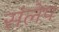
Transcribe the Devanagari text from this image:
संलेप